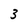
Character: 3